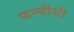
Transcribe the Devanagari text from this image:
फर्न्सीसी